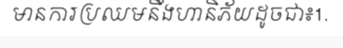
មានការប្រឈមនឹងហានិភ័យដូចជា៖1.